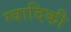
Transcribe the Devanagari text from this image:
ग्वादिकी